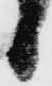
候